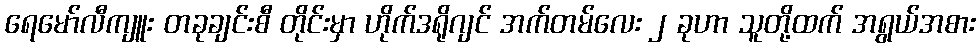
ရေမော်လီကျူး တခုချင်းစီ တိုင်းမှာ ဟိုက်ဒရိုဂျင် အက်တမ်လေး ၂ ခုဟာ သူတို့ထက် အရွယ်အစား